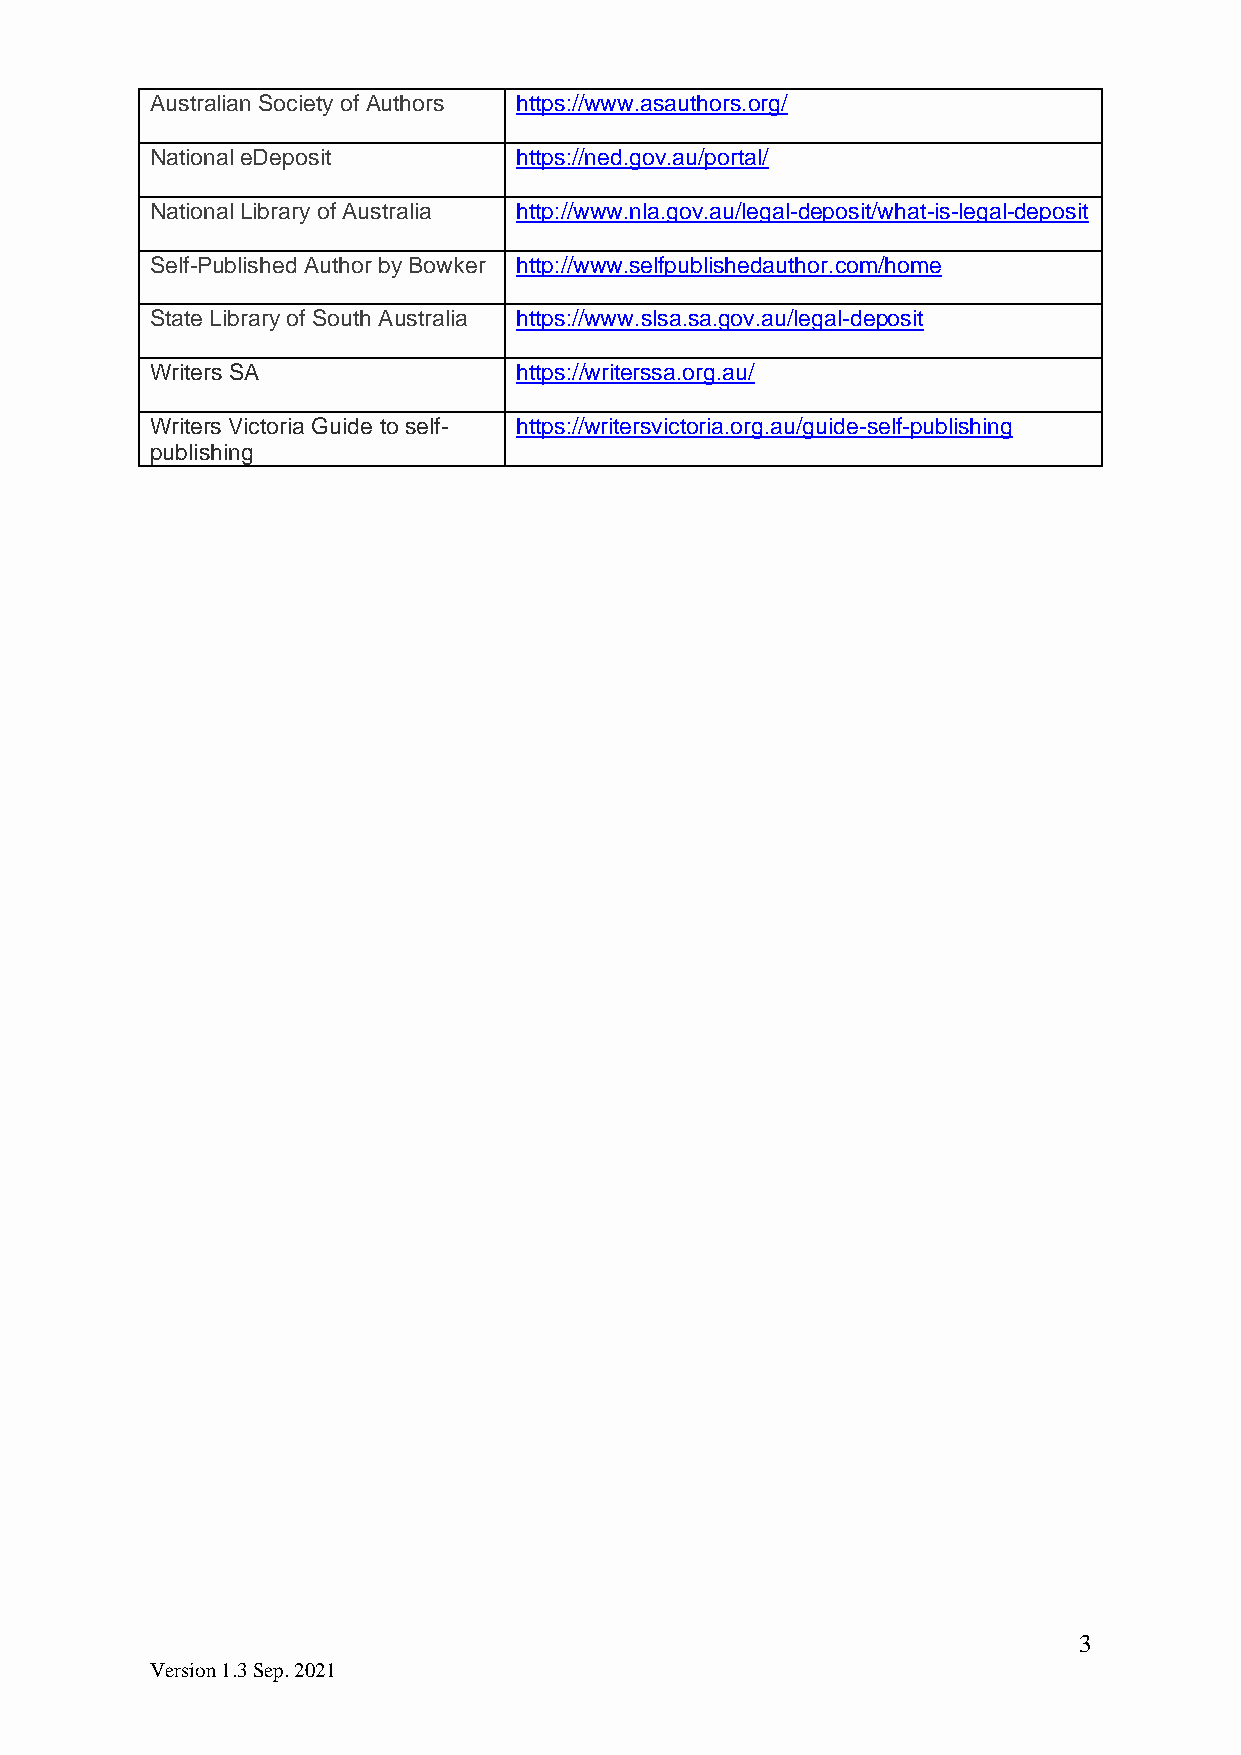
Australian Society of Authors https://www.asauthors.org/
 National eDeposit       https://ned.gov.au/portal/
 National Library of Australia http://www.nla.gov.au/legal-deposit/what-is-legal-deposit
 Self-Published Author by Bowker http://www.selfpublishedauthor.com/home
 State Library of South Australia https://www.slsa.sa.gov.au/legal-deposit
 Writers SA              https://writerssa.org.au/
 Writers Victoria Guide to self- https://writersvictoria.org.au/guide-self-publishing
 publishing
 3
 Version 1.3 Sep. 2021